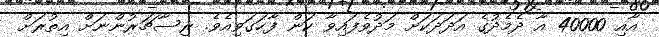
އާއި 40000 އާ ދެމެދުގެ އަދަދަކަށް މަދުވެފައިވާ ކަން ފާހަގަވިއެވެ. ރިސާޗަރުންނަށް އިތުރަށް